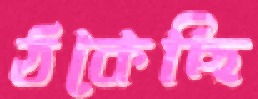
ঠকেছি